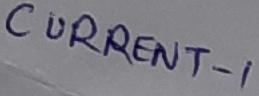
Text: CURRENT-1